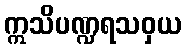
ဣသိပဏ္ဍရသဝှယ